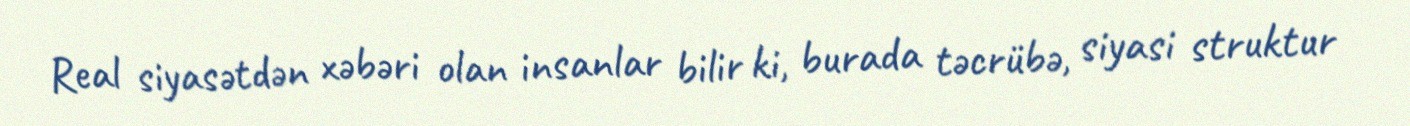
Real siyasətdən xəbəri olan insanlar bilir ki, burada təcrübə, siyasi struktur